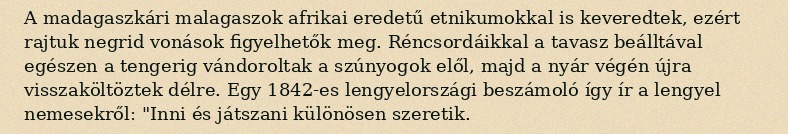
A madagaszkári malagaszok afrikai eredetű etnikumokkal is keveredtek, ezért rajtuk negrid vonások figyelhetők meg. Réncsordáikkal a tavasz beálltával egészen a tengerig vándoroltak a szúnyogok elől, majd a nyár végén újra visszaköltöztek délre. Egy 1842-es lengyelországi beszámoló így ír a lengyel nemesekről: "Inni és játszani különösen szeretik.